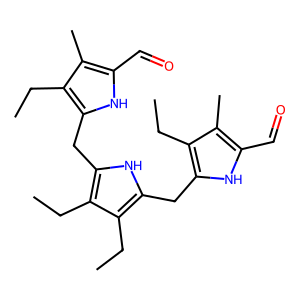
SMILES: CCc1c(Cc2[nH]c(Cc3[nH]c(C=O)c(C)c3CC)c(CC)c2CC)[nH]c(C=O)c1C
Inhibits HIV replication: No